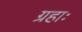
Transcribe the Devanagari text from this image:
ग्रहाः